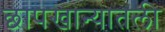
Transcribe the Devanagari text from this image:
छापखान्यातली